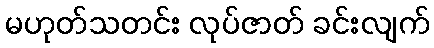
မဟုတ်သတင်း လုပ်ဇာတ် ခင်းလျက်